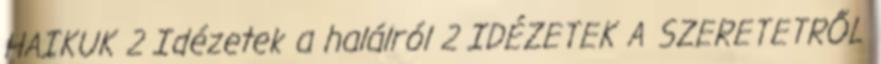
HAIKUK 2 Idézetek a halálról 2 IDÉZETEK A SZERETETRŐL